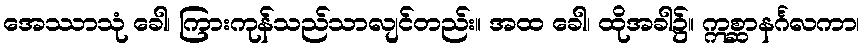
အေဿာသုံ ခေါ၊ ကြားကုန်သည်သာလျင်တည်း။ အထ ခေါ၊ ထိုအခါ၌။ ဣစ္ဆာနင်္ဂလကာ၊